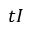
t I